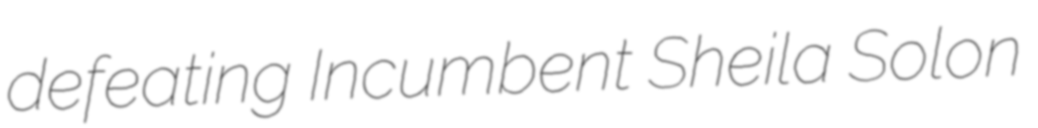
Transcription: defeating Incumbent Sheila Solon